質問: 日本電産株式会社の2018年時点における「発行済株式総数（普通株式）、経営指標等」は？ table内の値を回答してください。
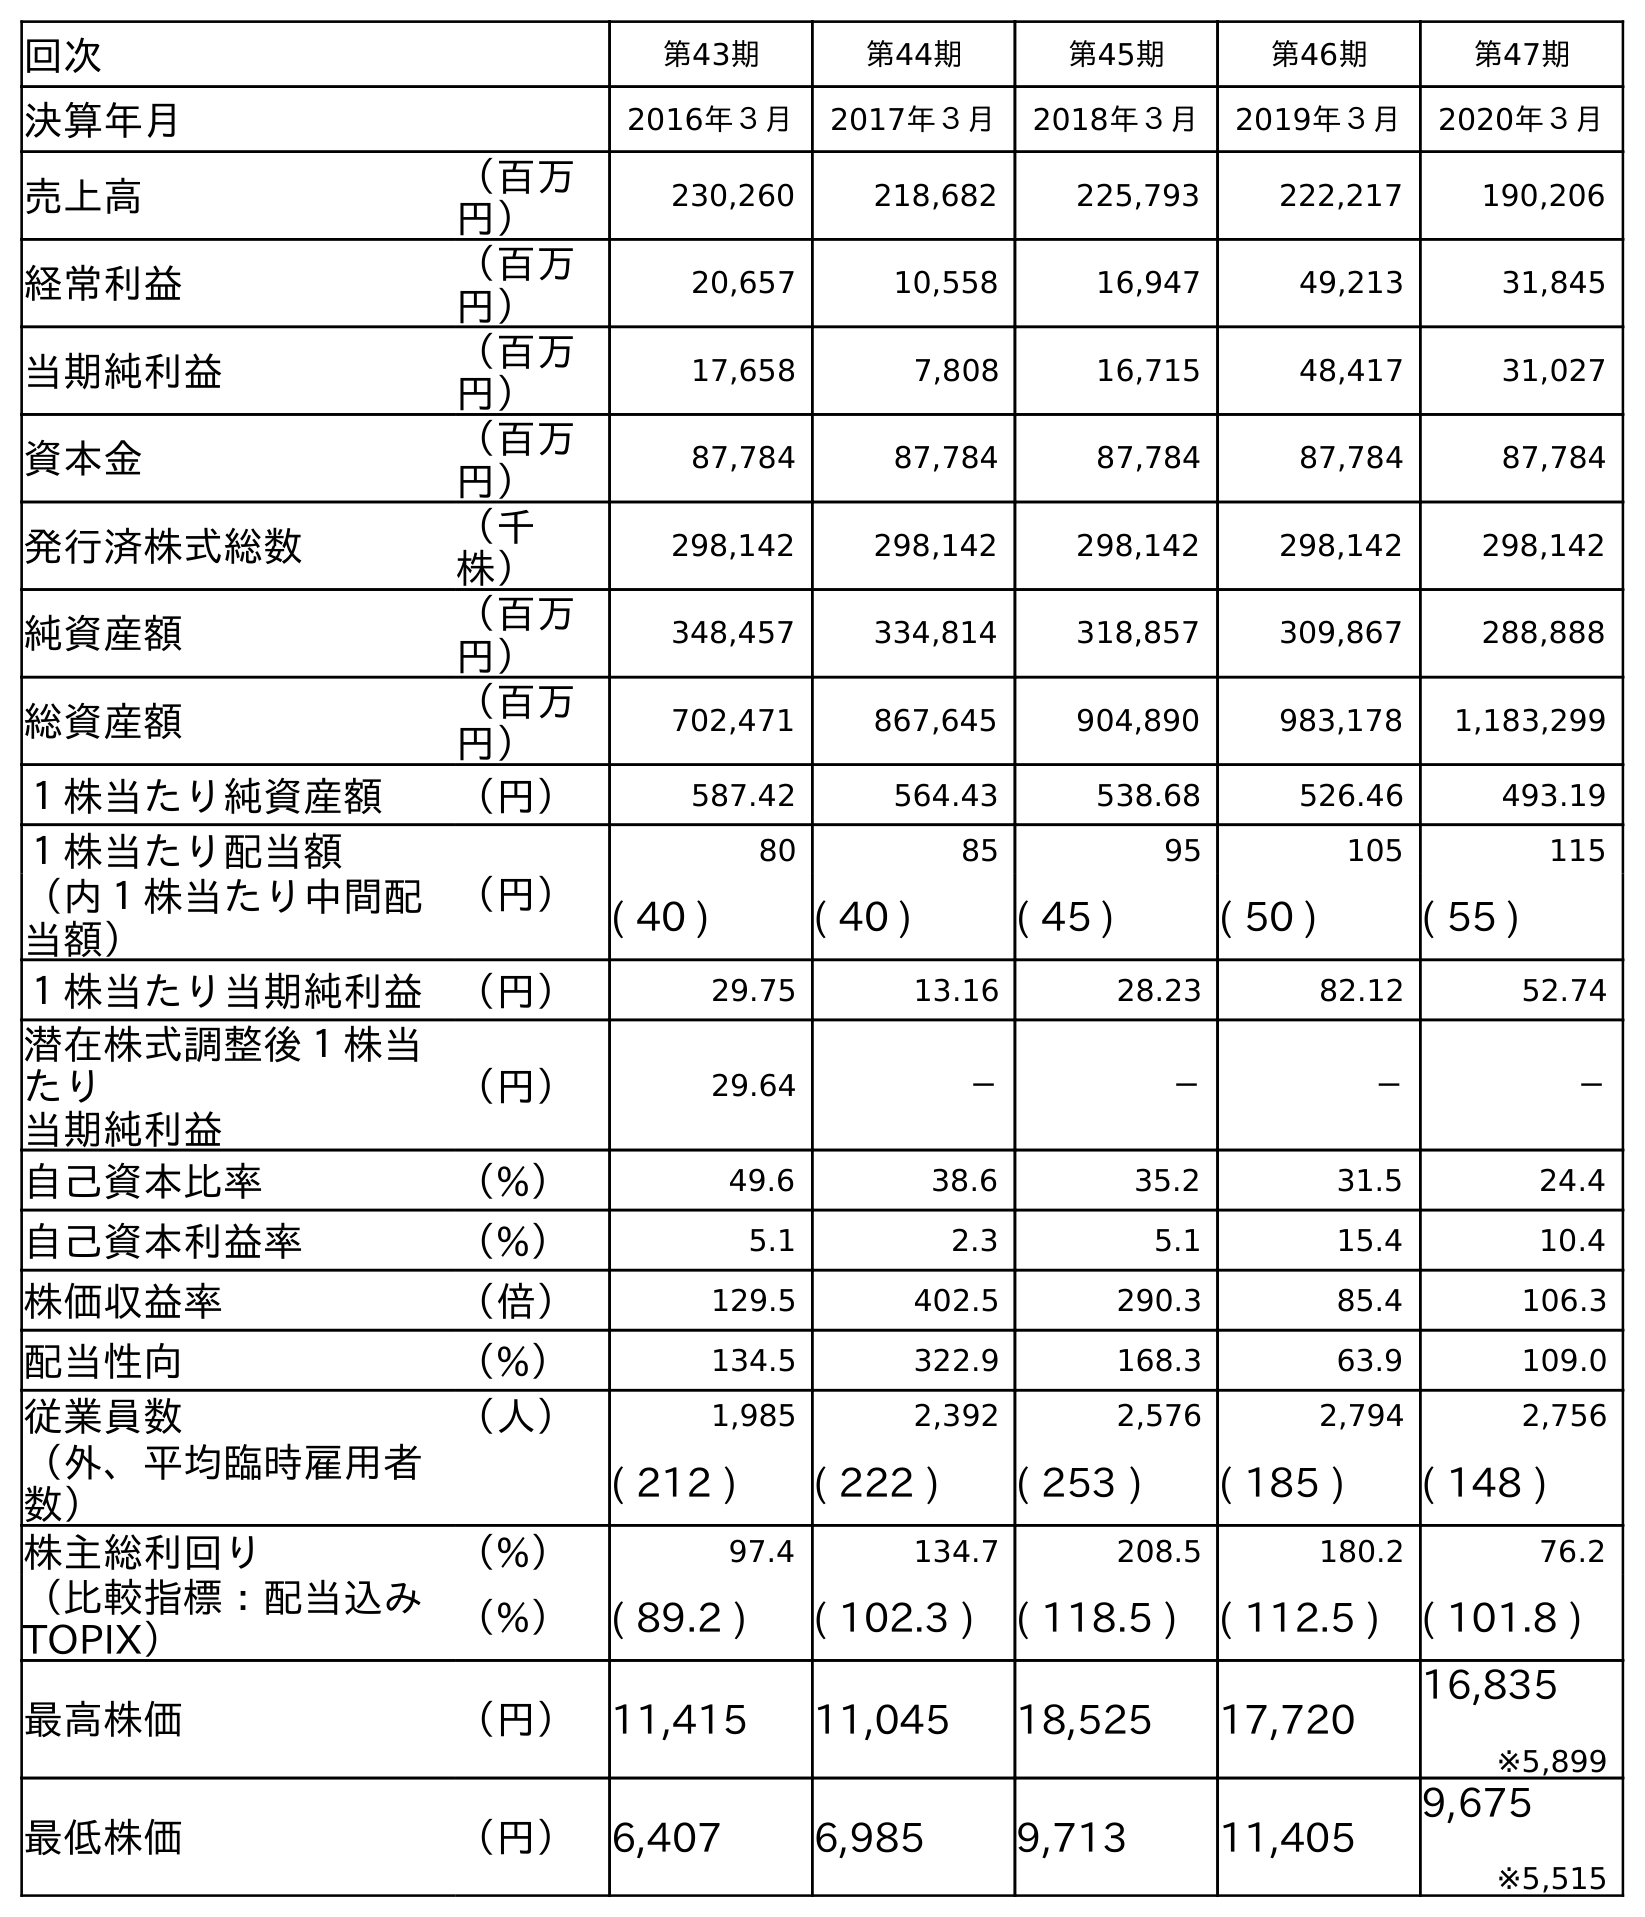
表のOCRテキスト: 回次 第43期 第44期 第45期 第46期 第47期 決算年月 2016年３月 2017年３月 2018年３月 2019年３月 2020年３月 売上高 （百万 円） 230,260 218,682 225,793 222,217 190,206 経常利益 （百万 円） 20,657 10,558 16,947 49,213 31,845 当期純利益 （百万 円） 17,658 7,808 16,715 48,417 31,027 資本金 （百万 円） 87,784 87,784 87,784 87,784 87,784 発行済株式総数 （千 株） 298,142 298,142 298,142 298,142 298,142 純資産額 （百万 円） 348,457 334,814 318,857 309,867 288,888 総資産額 （百万 円） 702,471 867,645 904,890 983,178 1,183,299 １株当たり純資産額 （円） 587.42 564.43 538.68 526.46 493.19 １株当たり配当額 （円） 80 85 95 105 115 （内１株当たり中間配 当額） ( 40 ) ( 40 ) ( 45 ) ( 50 ) ( 55 ) １株当たり当期純利益 （円） 29.75 13.16 28.23 82.12 52.74 潜在株式調整後１株当 たり 当期純利益 （円） 29.64 － － － － 自己資本比率 （%） 49.6 38.6 35.2 31.5 24.4 自己資本利益率 （%） 5.1 2.3 5.1 15.4 10.4 株価収益率 （倍） 129.5 402.5 290.3 85.4 106.3 配当性向 （%） 134.5 322.9 168.3 63.9 109.0 従業員数 （人） 1,985 2,392 2,576 2,794 2,756 （外、平均臨時雇用者 数） ( 212 ) ( 222 ) ( 253 ) ( 185 ) ( 148 ) 株主総利回り （%） 97.4 134.7 208.5 180.2 76.2 （比較指標：配当込み TOPIX） （%） ( 89.2 ) ( 102.3 ) ( 118.5 ) ( 112.5 ) ( 101.8 ) 最高株価 （円） 11,415 11,045 18,525 17,720 16,835 ※5,899 最低株価 （円） 6,407 6,985 9,713 11,405 9,675 ※5,515
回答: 298,142